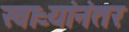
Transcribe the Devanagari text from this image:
स्वाऱ्यांनंतर